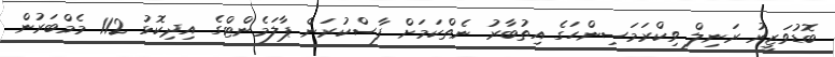
ބޮޑުވަޒީރު ރަނިލް ވިކްރަމަސިންހަގެ އިތުބާރު ނެތްކަމަށް ފާސްކުރަން ޕާލަމެންޓްގެ އިދިކޮޅު 112 މެމްބަރުން